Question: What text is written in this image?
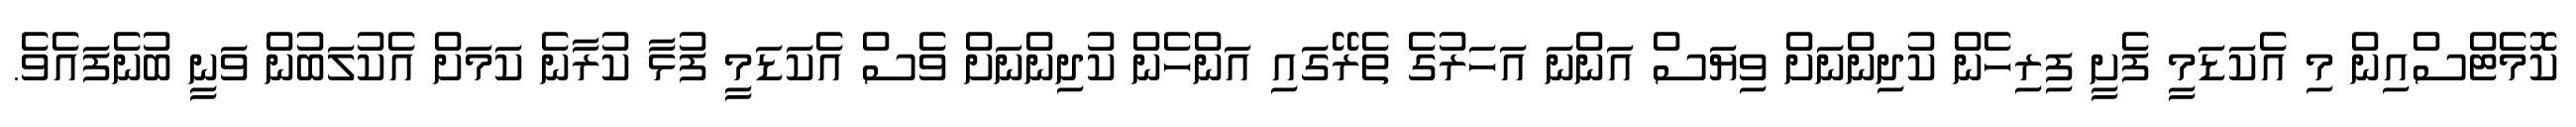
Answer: ކޮމެޓްސްއިން މި އެކަޑަމީ ފެށީ ފިރިހެން ކުދިންނަށް ވިޔަސް އަންނަ އަހަރުގެ ތެރޭގައި އަންހެން ކުދިންނަށް ވެސް އެކަޑަމީ ފުޅާ ކުރާނެ ކަމަށް އެކުލަބުން ވަނީ ބުނެފައެވެ.